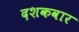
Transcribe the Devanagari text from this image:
दशकवार